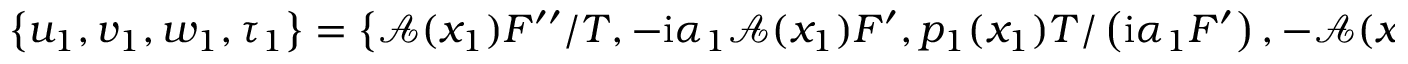
\left\lbrace u _ { 1 } , v _ { 1 } , w _ { 1 } , \tau _ { 1 } \right\rbrace = \left\lbrace \mathcal { A } ( x _ { 1 } ) F ^ { \prime \prime } / T , - \mathrm { i } \alpha _ { 1 } \mathcal { A } ( x _ { 1 } ) F ^ { \prime } , p _ { 1 } ( x _ { 1 } ) T / \left( \mathrm { i } \alpha _ { 1 } F ^ { \prime } \right) , - \mathcal { A } ( x _ { 1 } ) T ^ { \prime } / T \right\rbrace ,